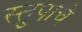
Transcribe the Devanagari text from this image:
स्तुपाचे